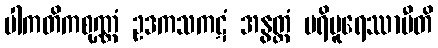
ပါကတိကစုဏ္ဏံ ဥဒကသကဋံ အနွတ္ထံ ပရိပူရေဿာမီတိ